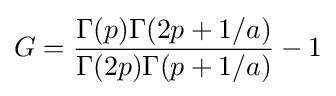
G={\frac {\Gamma (p)\Gamma (2p+1/a)}{\Gamma (2p)\Gamma (p+1/a)}}-1